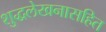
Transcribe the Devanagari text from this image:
शुद्धलेखनासहित